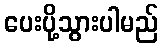
ပေးပို့သွားပါမည်